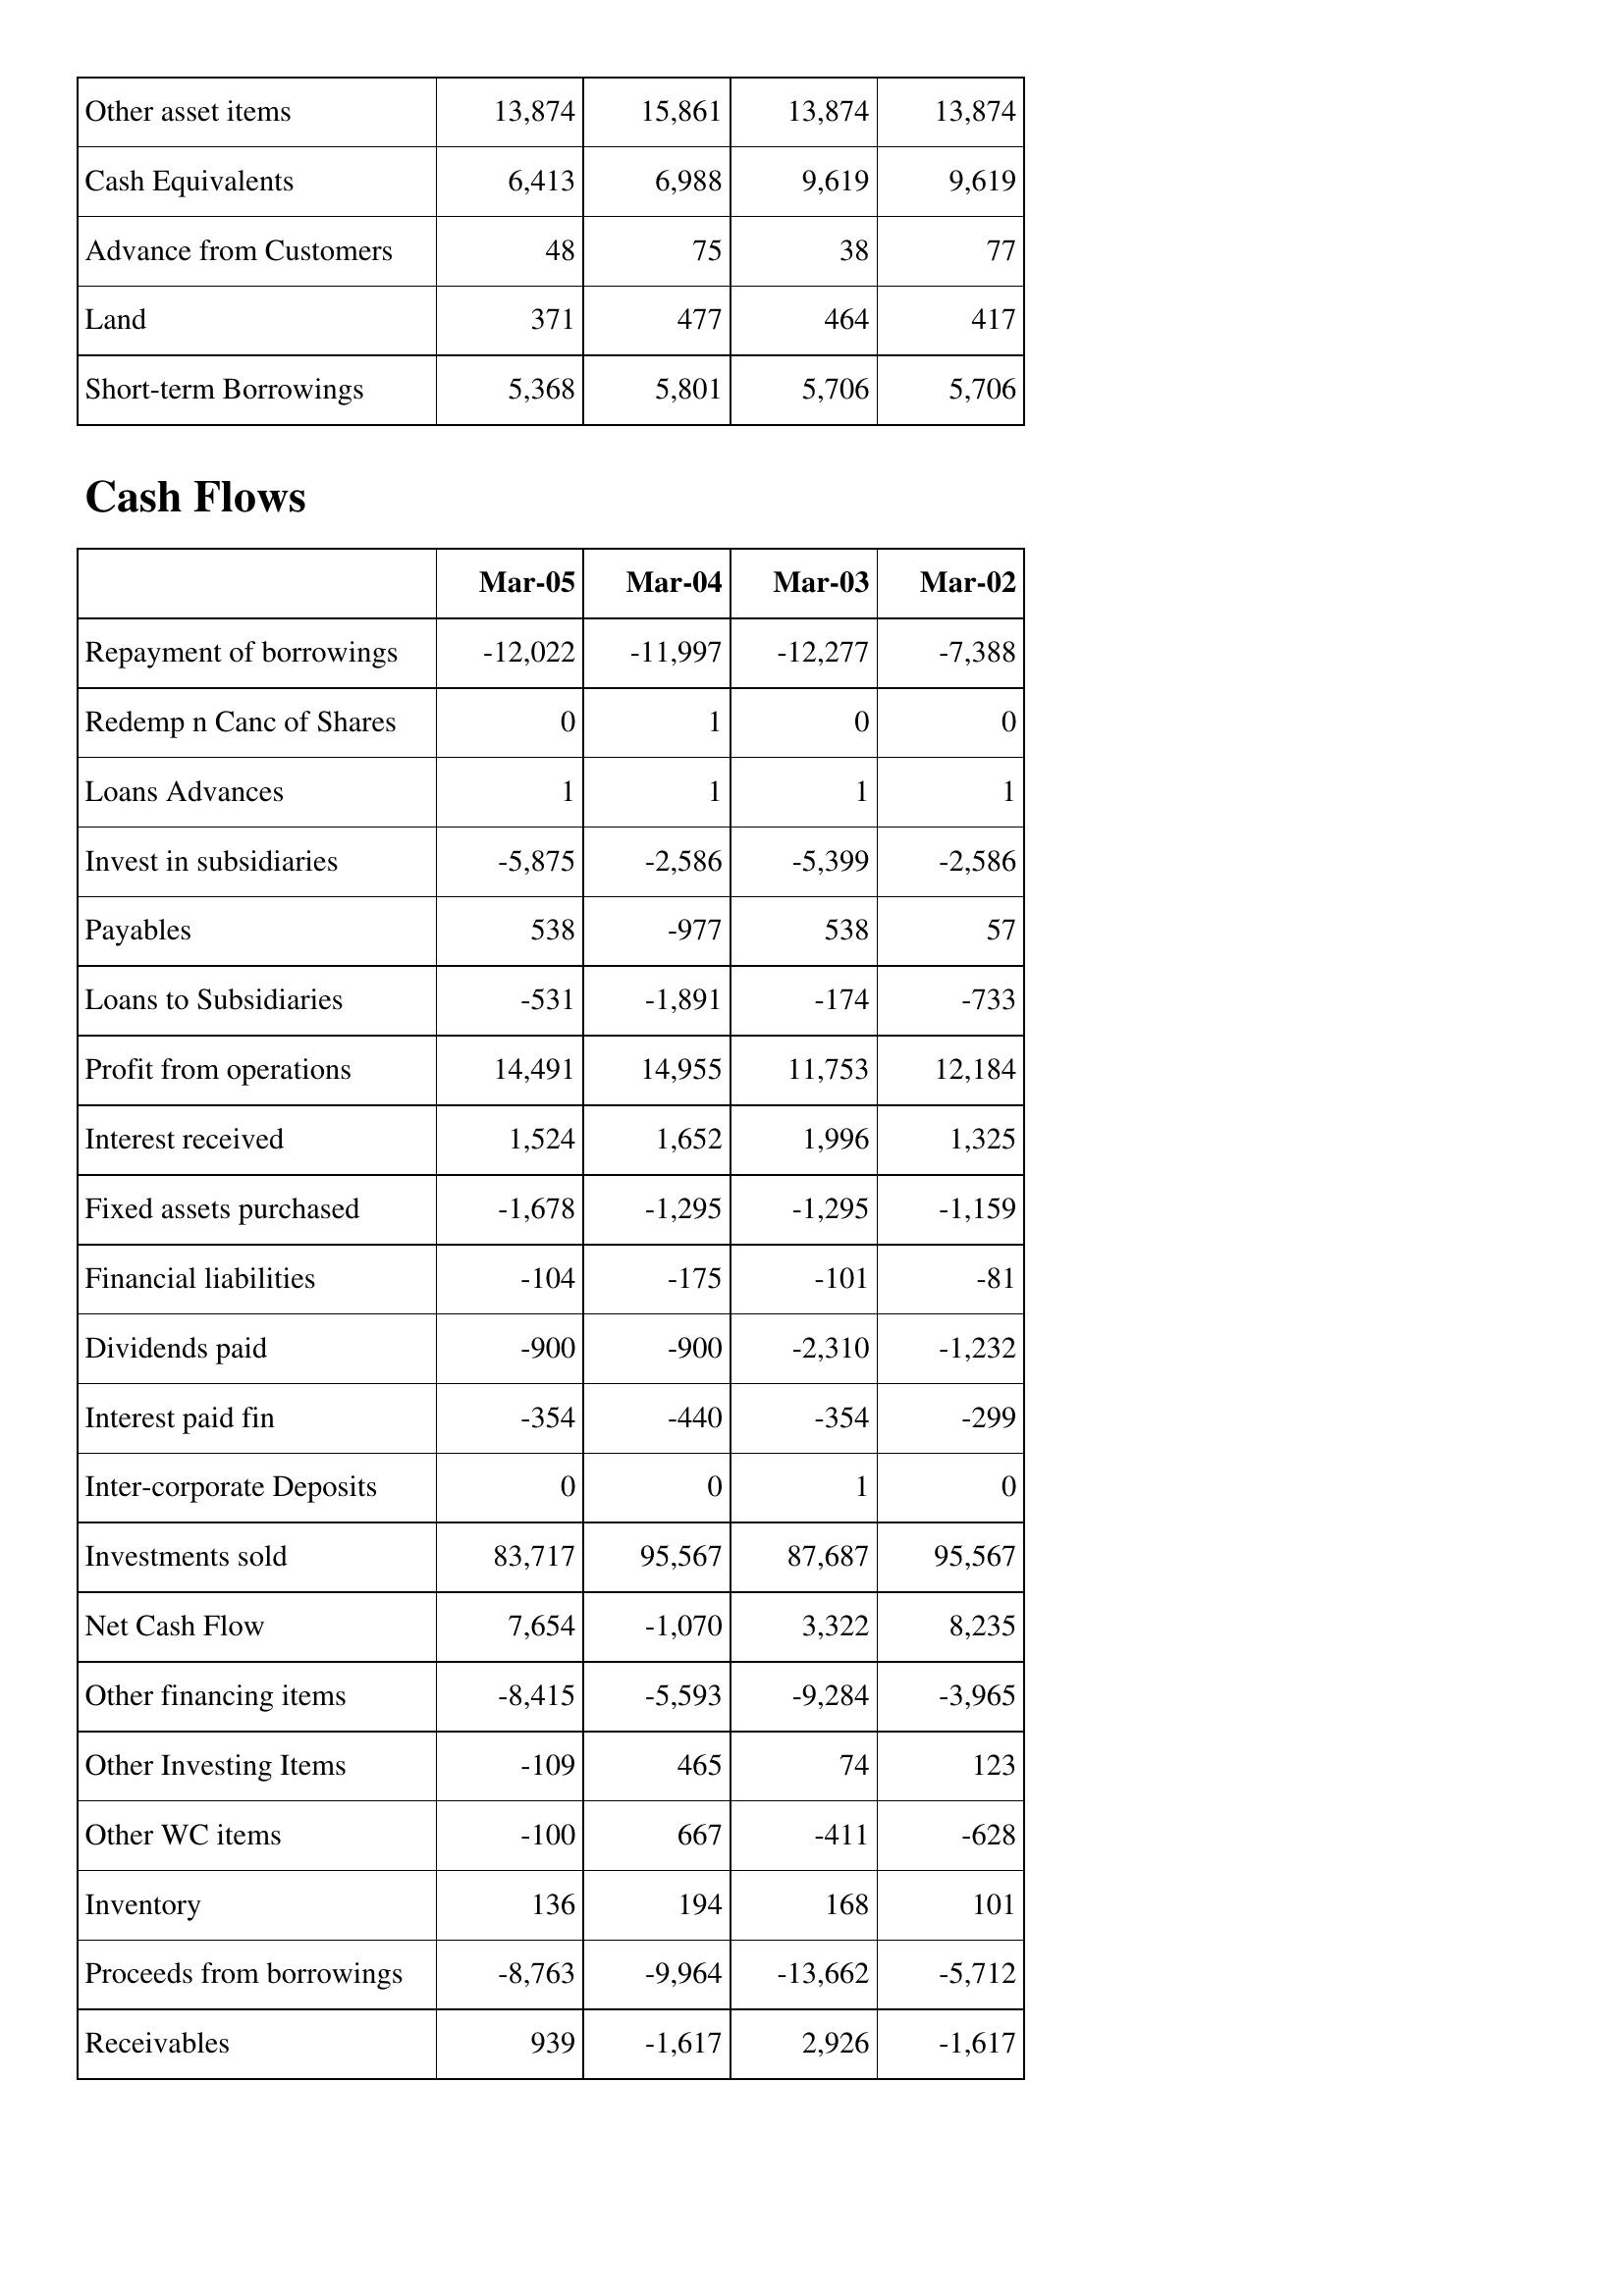
Mar-05: Balance Sheet: Other asset items: 13,874
Cash Equivalents: 6,413
Advance from Customers: 48
Land: 371
Short-term Borrowings: 5,368
Cash Flows: Repayment of borrowings: -12,022
Redemp n Canc of Shares: 0
Loans Advances: 1
Invest in subsidiaries: -5,875
Payables: 538
Loans to Subsidiaries: -531
Profit from operations: 14,491
Interest received: 1,524
Fixed assets purchased: -1,678
Financial liabilities: -104
Dividends paid: -900
Interest paid fin: -354
Inter-corporate Deposits: 0
Investments sold: 83,717
Net Cash Flow: 7,654
Other financing items: -8,415
Other Investing Items: -109
Other WC items: -100
Inventory: 136
Proceeds from borrowings: -8,763
Receivables: 939
Mar-04: Balance Sheet: Other asset items: 15,861
Cash Equivalents: 6,988
Advance from Customers: 75
Land: 477
Short-term Borrowings: 5,801
Cash Flows: Repayment of borrowings: -11,997
Redemp n Canc of Shares: 1
Loans Advances: 1
Invest in subsidiaries: -2,586
Payables: -977
Loans to Subsidiaries: -1,891
Profit from operations: 14,955
Interest received: 1,652
Fixed assets purchased: -1,295
Financial liabilities: -175
Dividends paid: -900
Interest paid fin: -440
Inter-corporate Deposits: 0
Investments sold: 95,567
Net Cash Flow: -1,070
Other financing items: -5,593
Other Investing Items: 465
Other WC items: 667
Inventory: 194
Proceeds from borrowings: -9,964
Receivables: -1,617
Mar-03: Balance Sheet: Other asset items: 13,874
Cash Equivalents: 9,619
Advance from Customers: 38
Land: 464
Short-term Borrowings: 5,706
Cash Flows: Repayment of borrowings: -12,277
Redemp n Canc of Shares: 0
Loans Advances: 1
Invest in subsidiaries: -5,399
Payables: 538
Loans to Subsidiaries: -174
Profit from operations: 11,753
Interest received: 1,996
Fixed assets purchased: -1,295
Financial liabilities: -101
Dividends paid: -2,310
Interest paid fin: -354
Inter-corporate Deposits: 1
Investments sold: 87,687
Net Cash Flow: 3,322
Other financing items: -9,284
Other Investing Items: 74
Other WC items: -411
Inventory: 168
Proceeds from borrowings: -13,662
Receivables: 2,926
Mar-02: Balance Sheet: Other asset items: 13,874
Cash Equivalents: 9,619
Advance from Customers: 77
Land: 417
Short-term Borrowings: 5,706
Cash Flows: Repayment of borrowings: -7,388
Redemp n Canc of Shares: 0
Loans Advances: 1
Invest in subsidiaries: -2,586
Payables: 57
Loans to Subsidiaries: -733
Profit from operations: 12,184
Interest received: 1,325
Fixed assets purchased: -1,159
Financial liabilities: -81
Dividends paid: -1,232
Interest paid fin: -299
Inter-corporate Deposits: 0
Investments sold: 95,567
Net Cash Flow: 8,235
Other financing items: -3,965
Other Investing Items: 123
Other WC items: -628
Inventory: 101
Proceeds from borrowings: -5,712
Receivables: -1,617